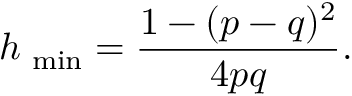
h _ { \mathrm { \scriptsize ~ m i n } } = \frac { 1 - ( p - q ) ^ { 2 } } { 4 p q } .